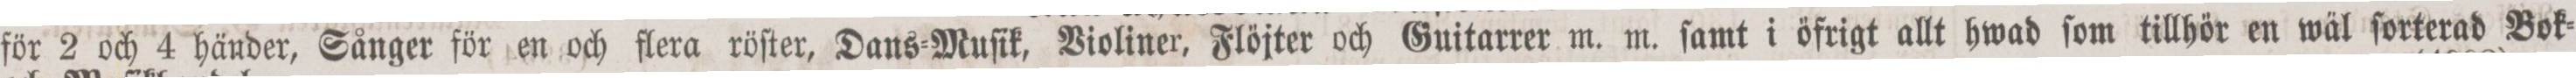
för 2 och 4 händer, Sånger för en och flera röſter, Dans=Muſik, Violiner, Flöjter och Guitarrer m. m. ſamt i öfrigt allt hwad ſom tillhör en wäl ſorterad Bok=